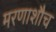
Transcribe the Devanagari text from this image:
मरणाशौच